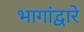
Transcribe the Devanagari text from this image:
भागांद्वारे